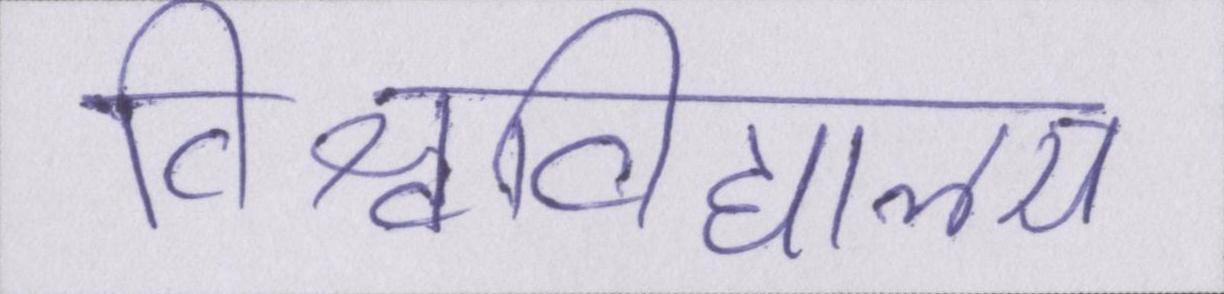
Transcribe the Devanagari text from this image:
विश्वविद्यालय